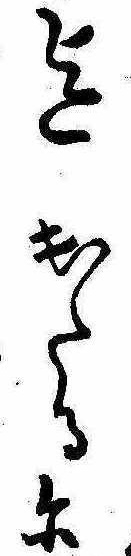
迄出たるに